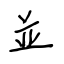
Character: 並